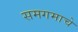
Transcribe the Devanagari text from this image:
समगमाचे